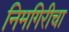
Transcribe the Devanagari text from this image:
निमगिरीचा